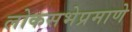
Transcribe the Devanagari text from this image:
लोकसभेप्रमाणे